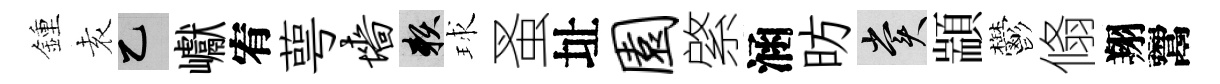
鍾𡊮乙巘宥萼墙賴球蚤址园綮涵昉賞顓鬱翛翔鬻